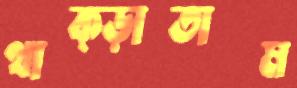
থাক্‌ড়াতাম